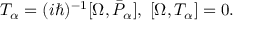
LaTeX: { \cal T } _ { \alpha } = ( i \hbar ) ^ { - 1 } [ \Omega , \bar { { \cal P } } _ { \alpha } ] , \; [ \Omega , { \cal T } _ { \alpha } ] = 0 .